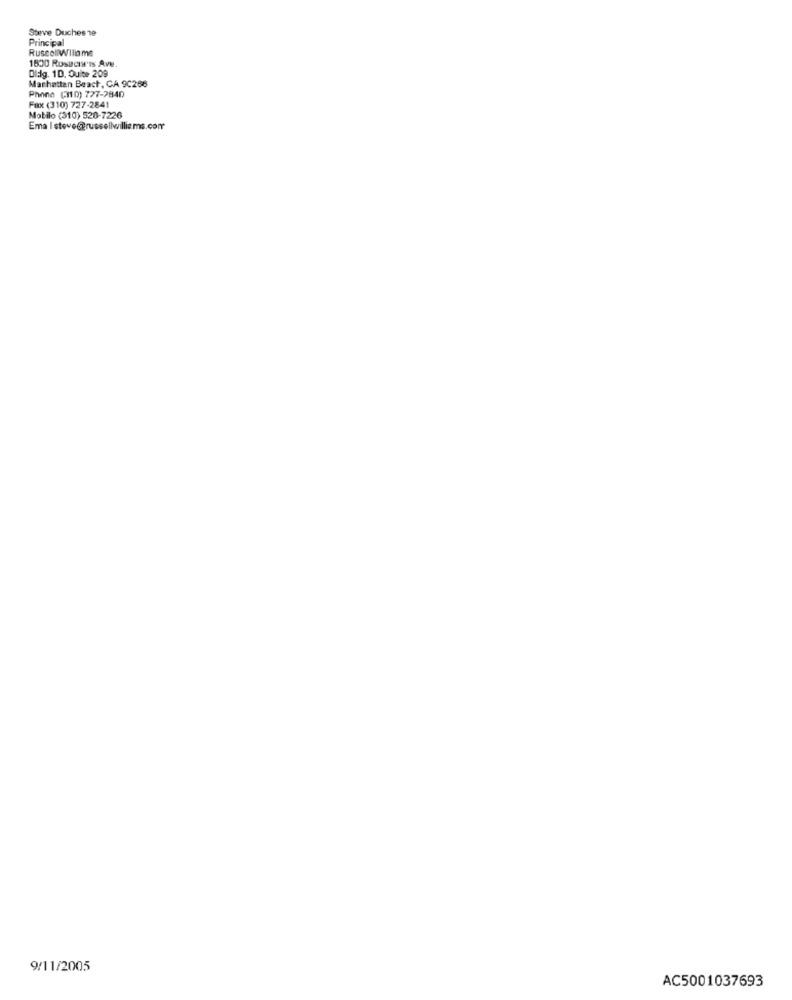
Steve Duches 19
Principal
RussellWilliame
1800 Rosacia'rs Ave
Didig. 1D. Quite 209
Manhattan Beach , CA 9C268
Phone (3110) 727-2840
Fax (310) 727-2841
Mobilo (310) 528-7226
Ema I stove@russellwilliams.com
9/11/2005
AC5001037693